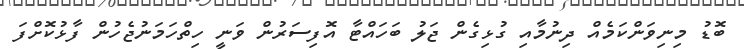
ބޮޑު މިނިވަންކަމެއް ދިނުމާއި ގުޅިގެން ޖަލު ބަހައްޓާ އޮފިސަރުން ވަނީ ހިތްހަމަނުޖެހުން ފާޅުކޮށްފަ